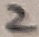
Text: 2